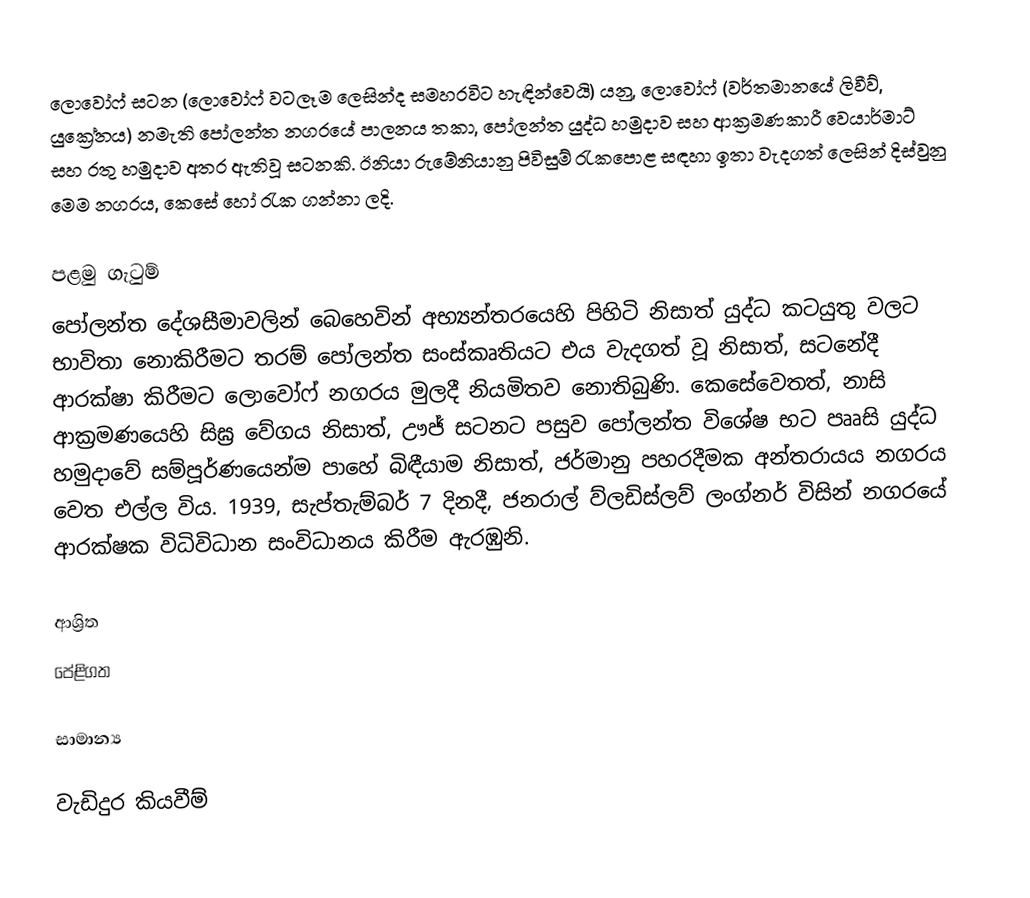
ලොවෝෆ් සටන (ලොවෝෆ් වටලෑම ලෙසින්ද සමහරවිට හැඳින්වෙයි) යනු, ලොවෝෆ් (වර්තමානයේ ලිවීව්, යුක්‍රේනය) නමැති පෝලන්ත නගරයේ පාලනය තකා, පෝලන්ත යුද්ධ හමුදාව සහ ආක්‍රමණකාරී  වෙයාර්මාට් සහ  රතු හමුදාව අතර ඇතිවූ සටනකි. ඊනියා රුමේනියානු පිවිසුම් රැකපොළ සඳහා ඉතා වැදගත් ලෙසින් දිස්වුනු මෙම  නගරය, කෙසේ හෝ රැක ගන්නා ලදි.

පළමු ගැටුම්
පෝලන්ත දේශසීමාවලින් බෙහෙවින් අභ්‍යන්තරයෙහි පිහිටි නිසාත් යුද්ධ කටයුතු වලට භාවිතා නොකිරීමට තරම් පෝලන්ත සංස්කෘතියට එය වැදගත් වූ නිසාත්, සටනේදී ආරක්ෂා කිරීමට  ලොවෝෆ් නගරය මුලදී නියමිතව නොතිබුණි. කෙසේවෙතත්, නාසි ආක්‍රමණයෙහි සිඝ්‍ර වේගය නිසාත්,  ඌජ් සටනට පසුව  පෝලන්ත  විශේෂ භට පෲසි යුද්ධ හමුදාවේ  සම්පූර්ණයෙන්ම පාහේ බිඳීයාම නිසාත්, ජර්මානු පහරදීමක අන්තරායය නගරය වෙත එල්ල විය. 1939, සැප්තැම්බර් 7 දිනදී,  ජනරාල් ව්ලඩිස්ලව් ලංග්නර් විසින් නගරයේ ආරක්ෂක විධිවිධාන සංවිධානය කිරීම ඇරඹුනි.

ආශ්‍රිත
පේළිගත

සාමාන්‍ය

වැඩිදුර කියවීම්